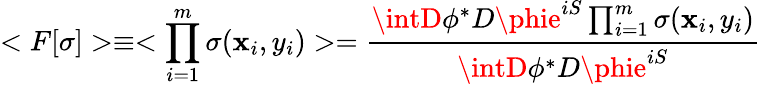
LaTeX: <F[\sigma]>\equiv<\prod_{i=1}^{m}\sigma(\mathbf{x}_{i},y_{i})>={\frac{{\intD\phi^{*}D\phie^{iS}\prod_{i=1}^{m}\sigma(\mathbf{x}_{i},y_{i})}}{{\intD\phi^{*}D\phie^{iS}}}}